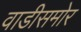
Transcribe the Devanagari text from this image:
वाडीसमोर